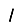
Digit: 1